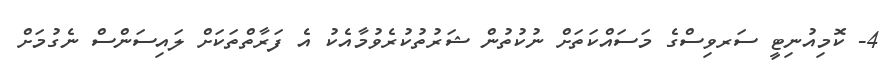
4- ކޮމިއުނިޓީ ސަރވިސްގެ މަސައްކަތަށް ނުކުތުން ޝަރުތުކުރެވުމާއެކު އެ ފަރާތްތަކަށް ލައިސަންސް ނެގުމަށް